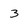
Character: 3